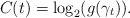
LaTeX: \begin{align*}C(t)=\log_{2}(g(\gamma_t)).\end{align*}